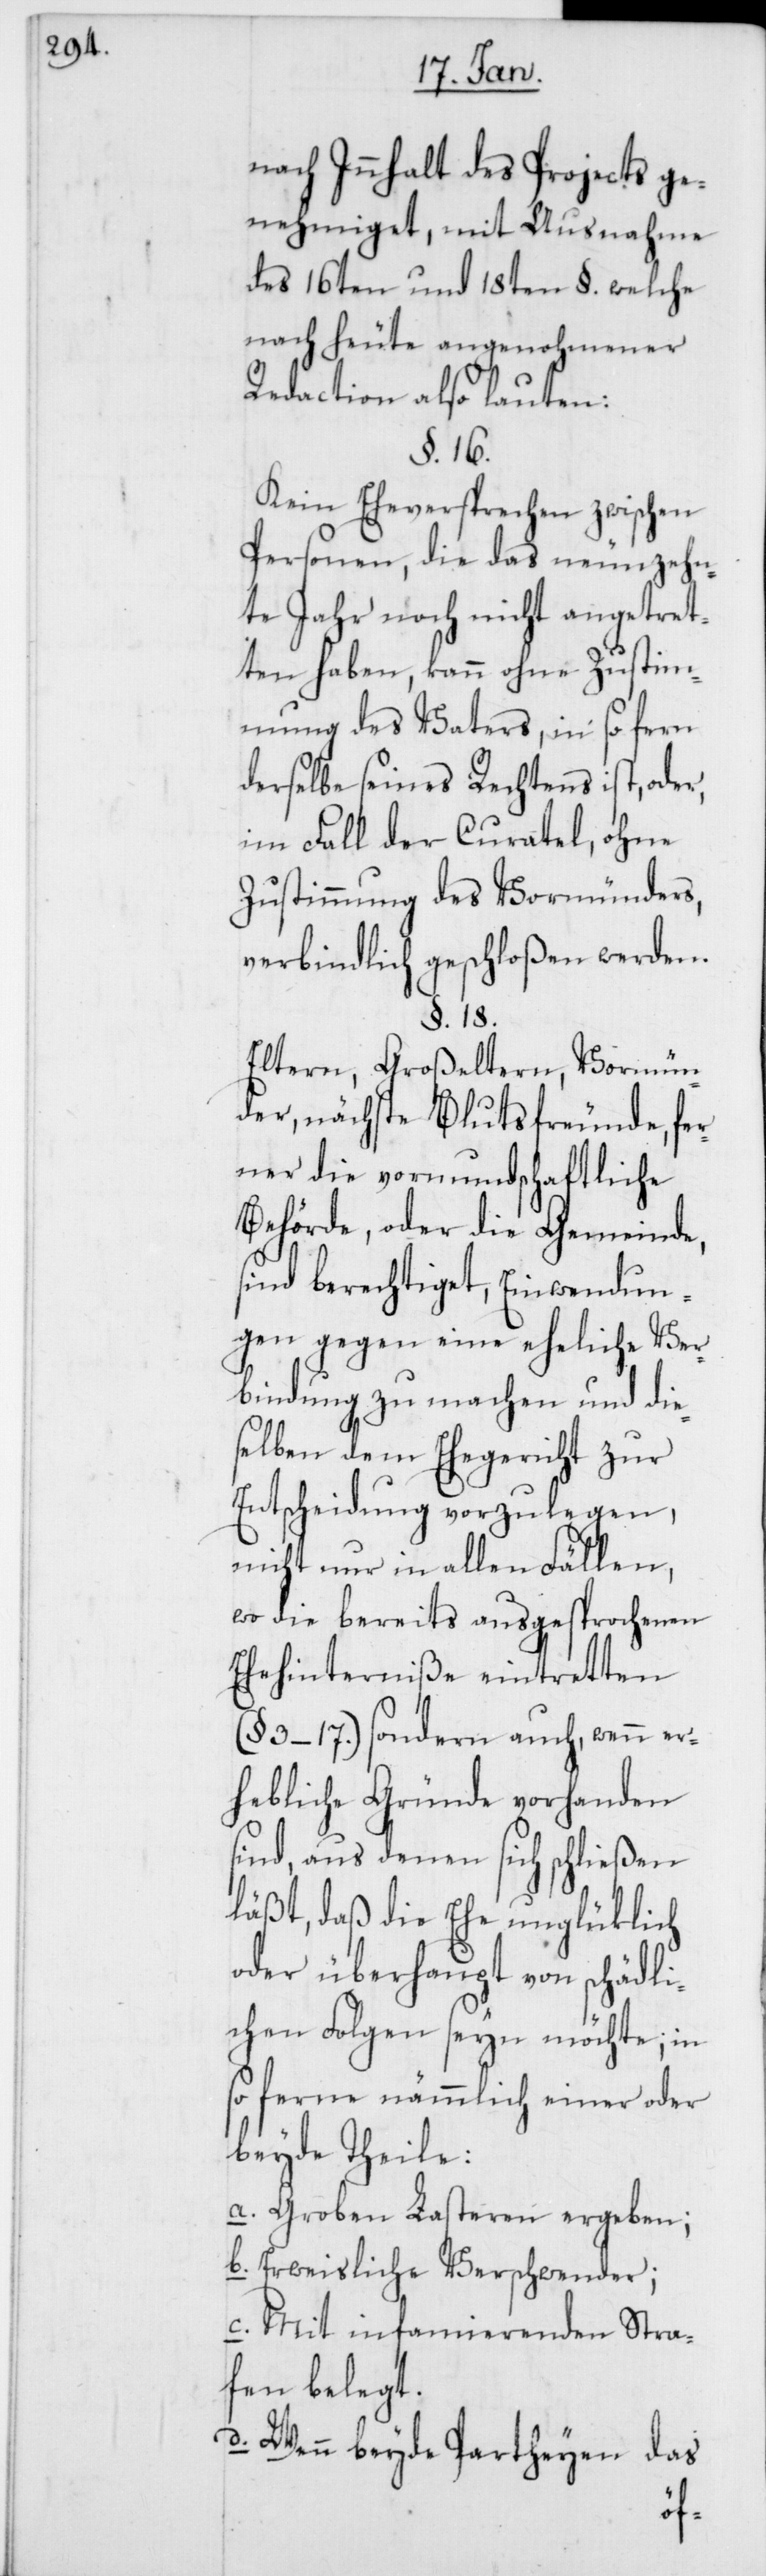
nach Innhalt des Projects ge¬
nehmiget, mit Ausnahme
des 16ten und 18ten §. welche
nach heute angenohmener
Redaction also lauten:
§. 16.
Kein Eheversprechen zwischen
Personen, die das neunzehn¬
te Jahr noch nicht angetret¬
ten haben, kann ohne Zustim¬
mung des Vaters, in so fern
derselbe seines Rechtens ist, oder,
im Fall der Curatel, ohne
Zustimmung des Vormünders,
verbindlich geschloßen werden.
§. 18.
Eltern, Großeltern, Vormün¬
der, nächste Blutsfreunde, fer¬
ner die vormundschaftliche
Behörde oder die Gemeinde,
sind berechtiget, Einwendun¬
gen gegen eine eheliche Ver¬
bindung zu machen und die¬
selben dem Ehegericht zur
Entscheidung vorzulegen,
nicht nur in allen Fällen,
wo die bereits ausgesprochenen
Ehehinderniße eintreten
(§ 3–17.) sondern auch, wenn er¬
hebliche Gründe vorhanden
sind, aus denen sich schließen
läßt, daß die Ehe unglüklich
oder überhaupt von schädli¬
chen Folgen seyn möchte; in
so ferne nämmlich einer oder
beyde Theile:
a. Groben Lasteren ergeben;
b. Erweisliche Verschwender;
c. Mit infamierenden Stra¬
fen belegt.
d. Wenn beyde Partheyen das